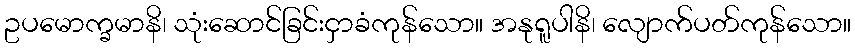
ဥပမောက္ခမာနိ၊ သုံးဆောင်ခြင်းငှာခံကုန်သော။ အနုရူပါနိ၊ လျောက်ပတ်ကုန်သော။